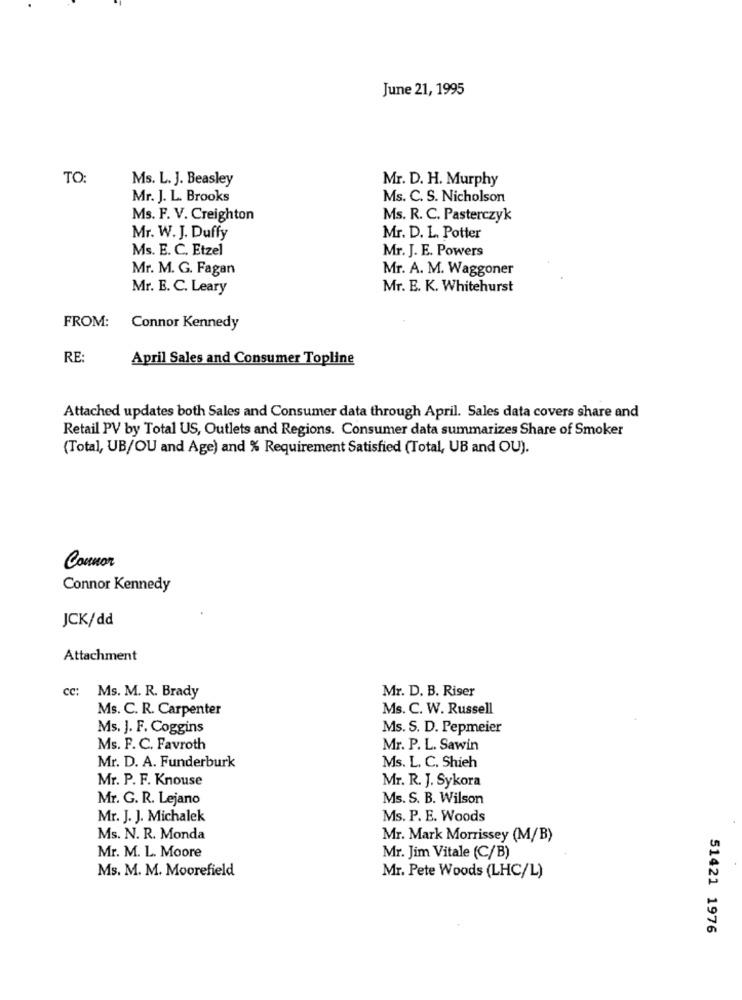
June 21, 1995
TO:
Ms. L. J. Beasley
Mr. D. H. Murphy
Mr. J. L. Brooks
Ms. C. S. Nicholson
Ms. F. V. Creighton
Ms. R. C. Pasterczyk
Mr. W. J. Duffy
Mr. D. L. Potter
Ms. E. C. Etzel
Mr. J. E. Powers
Mr. M. G. Fagan
Mr. A. M. Waggoner
Mr. E. C. Leary
Mr. E. K. Whitehurst
FROM:
Connor Kennedy
RE
April Sales and Consumer Topline
Attached updates both Sales and Consumer data through April. Sales data covers share and
Retail PV by Total US, Outlets and Regions. Consumer data summarizes Share of Smoker
(Total, UB/OU and Age) and % Requirement Satisfied (Total, UB and OU).
Connor
Connor Kennedy
JCK/dd
Attachment
cc: Ms. M. R. Brady
Mr. D. B. Riser
Ms. C. R. Carpenter
Ms. C. W. Russell
Ms. J. F. Coggins
Ms. S. D. Pepmeier
Ms. F. C. Favroth
Mr. P. L. Sawin
Mr. D. A. Funderburk
Ms. L. C. Shieh
Mr. P. F. Knouse
Mr. R. J. Sykora
Mr. G. R. Lejano
Ms. S. B. Wilson
Mr. J. J. Michalek
Ms. P. E. Woods
Ms. N. R. Monda
Mr. Mark Morrissey (M/B)
Mr. M. L. Moore
Mr. Jim Vitale (C/B)
Ms. M. M. Moorefield
Mr. Pete Woods (LHC/L)
51421 1976